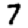
Digit: 7